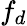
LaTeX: f_{d}